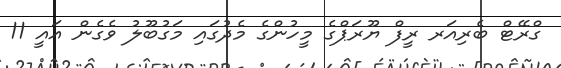
ގްރޭޓް ބެރިއަރ ރީފް ޔޫރަޕްގެ މީހުންގެ މެދުގައި މަގުބޫލު ވެގެން އައީ 11